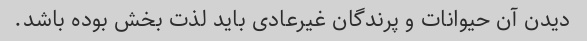
دیدن آن حیوانات و پرندگان غیرعادی باید لذت بخش بوده باشد.